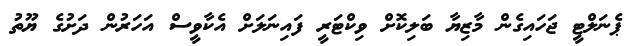
ޕެނަލްޓީ ޖަހައިގެން މާޒިޔާ ބަލިކޮށް ވިކްޓަރީ ފައިނަލަށް އެކާވީސް އަހަރުން ދަށުގެ ޔޫތު